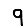
Digit: 9